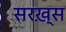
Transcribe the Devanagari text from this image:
सरख़्स